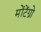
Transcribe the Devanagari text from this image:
मोंटेंग्रो